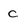
Character: C